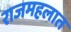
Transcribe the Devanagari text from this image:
राजमहलात